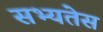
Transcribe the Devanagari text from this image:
सभ्यतेस